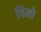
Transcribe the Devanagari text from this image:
चिमो